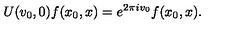
U ( v _ { 0 } , 0 ) f ( x _ { 0 } , x ) = e ^ { 2 \pi i v _ { 0 } } f ( x _ { 0 } , x ) .